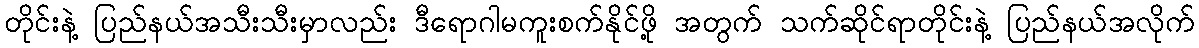
တိုင်းနဲ့ ပြည်နယ်အသီးသီးမှာလည်း ဒီရောဂါမကူးစက်နိုင်ဖို့ အတွက် သက်ဆိုင်ရာတိုင်းနဲ့ ပြည်နယ်အလိုက်